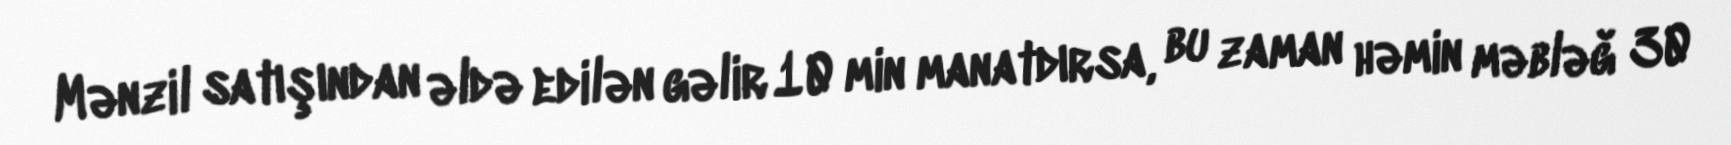
Mənzil satışından əldə edilən gəlir 10 min manatdırsa, bu zaman həmin məbləğ 30